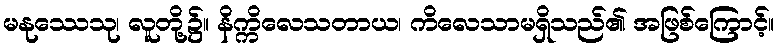
မနုဿေသု၊ လူတို့၌။ နိက္ကိလေသတာယ၊ ကိလေသာမရှိသည်၏ အဖြစ်ကြောင့်။